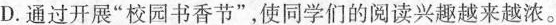
D. 通过开展”校园书香节”，使同学们的阅读兴趣越来越浓。